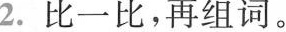
2.比一比，再组词。